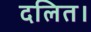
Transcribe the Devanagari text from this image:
दलित।